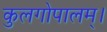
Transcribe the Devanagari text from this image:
कुलगोपालम्‌।